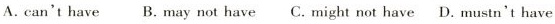
a. can't have b.may not have c.might not have d. mustn't have